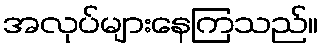
အလုပ်များနေကြသည်။